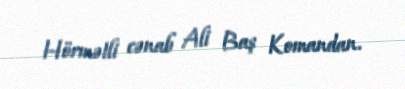
Hörmətli cənab Ali Baş Komandan.